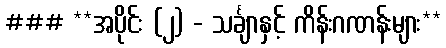
### **အပိုင်း (၂) - သင်္ချာနှင့် ကိန်းဂဏန်းများ**